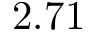
2 . 7 1